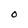
Character: O